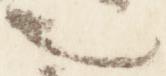
也